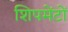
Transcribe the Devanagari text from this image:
शिपमेंटों